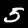
Label: 5